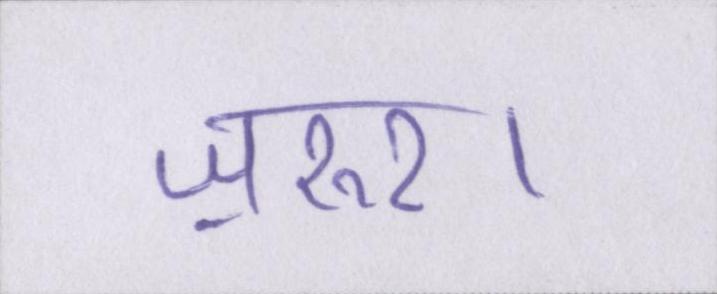
ज़रुर।